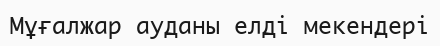
Мұғалжар ауданы елді мекендері